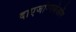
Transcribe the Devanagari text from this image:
दाएजांग्गयेओंग